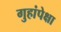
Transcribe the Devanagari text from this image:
गुहांपेक्षा